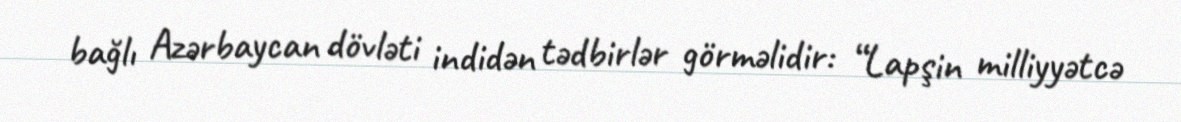
bağlı Azərbaycan dövləti indidən tədbirlər görməlidir: “Lapşin milliyyətcə